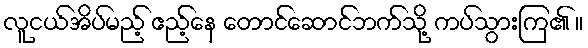
လူငယ်အိပ်မည့် ဧည့်နေ တောင်ဆောင်ဘက်သို့ ကပ်သွားကြ၏ ။